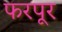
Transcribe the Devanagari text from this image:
फरपूर